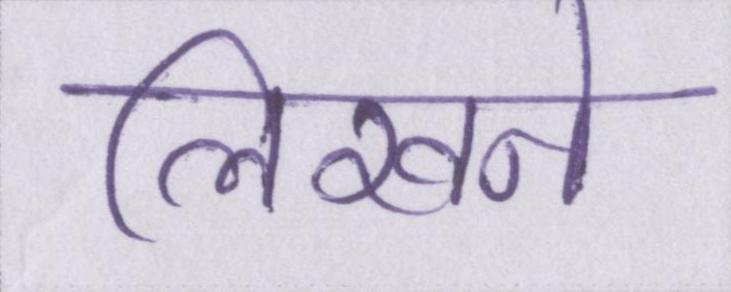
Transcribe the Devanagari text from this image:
लिखने